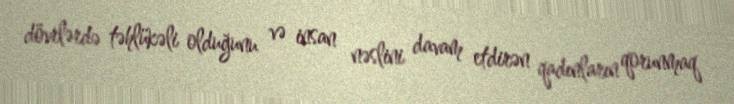
dövrlərdə təhlükəli olduğunu və insan nəslini davam etdirən qadınların qorunmaq